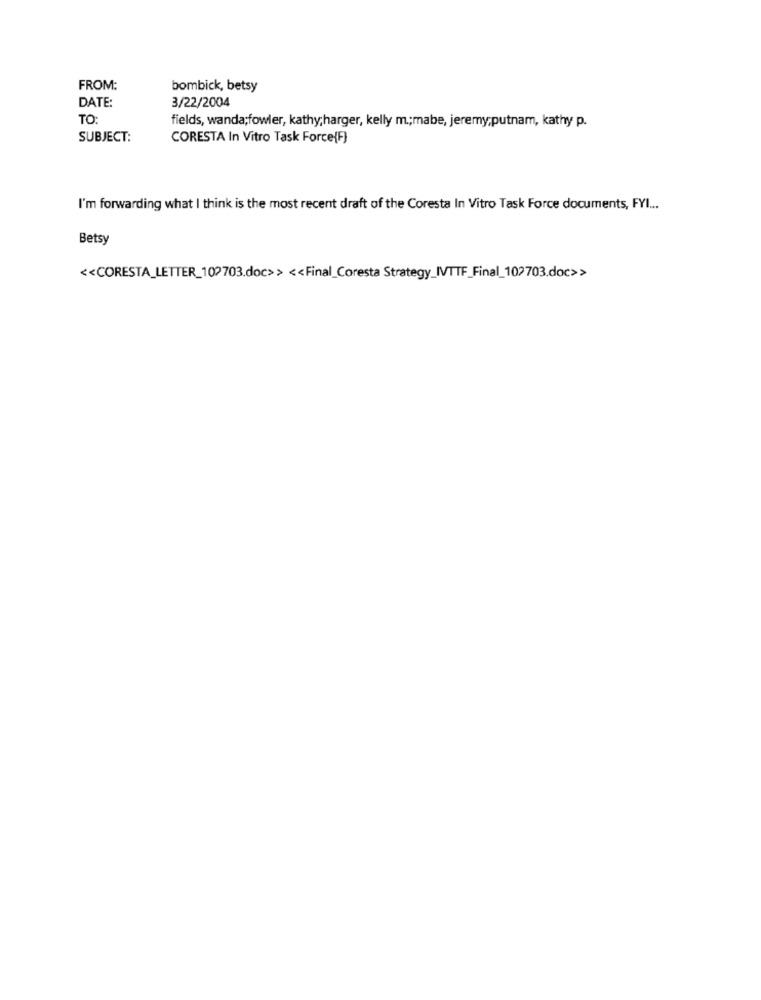
FROM:
bombick, betsy
DATE:
3/22/2004
TO:
fields, wanda;fowler, kathy;harger, kelly m .; mabe, jeremy,putnam, kathy p.
SUBJECT:
CORESTA In Vitro Task Force(F)
I'm forwarding what I think is the most recent draft of the Coresta In Vitro Task Force documents, FYI ...
Betsy
<< CORESTA_LETTER_102703.doc>> << Final_Coresta Strategy_IVTTF_Final_102703.doc>>